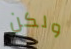
ولكن